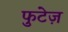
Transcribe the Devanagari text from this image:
फुटेज़